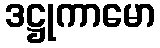
ဒဋ္ဌုကာမော